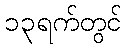
၁၃ရက်တွင်